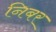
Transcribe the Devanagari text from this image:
निबर